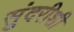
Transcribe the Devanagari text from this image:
सुंदरीशी